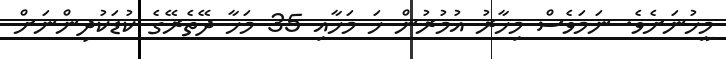
މީހުނަށެވެ. ނަމަވެސް މިހާރު އުމުރުން ހަ މަހާއި 35 މަހާ ދޭތެރޭގެ ކުޑަކުދިންނަށް